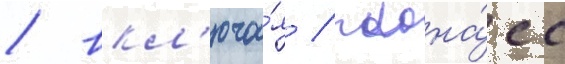
/ вкл'юча́я / глона́сс